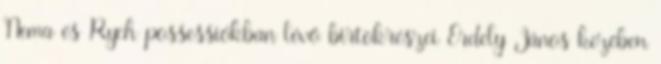
Nema és Rych possessiókban lévő birtokrészei Erdely János kezében